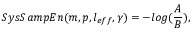
S y s S a m p E n ( m , p , l _ { e f f } , \gamma ) = − l o g ( \frac { A } { B } ) ,